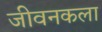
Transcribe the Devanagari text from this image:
जीवनकला